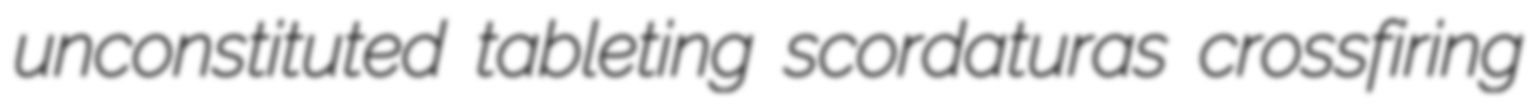
unconstituted tableting scordaturas crossfiring